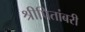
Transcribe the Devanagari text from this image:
श्रीपितांबरी